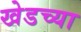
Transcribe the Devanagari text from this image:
खेडच्या